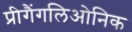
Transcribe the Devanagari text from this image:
प्रीगैंगलिओनिक